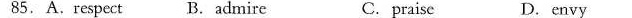
85.A.Respect B.Admire C. praise D. envy